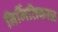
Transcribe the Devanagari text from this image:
निर्मितिकाळ